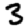
Digit: 3